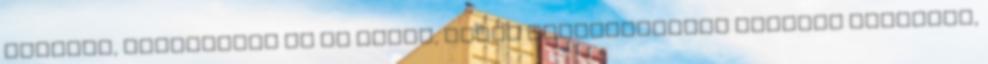
jártunk, elsősorban az én hibám, mivel feltételeztem valamit ahelyett,